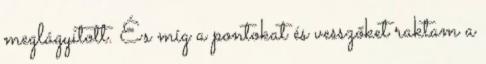
meglágyított. És míg a pontokat és vesszőket raktam a